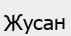
Жусан